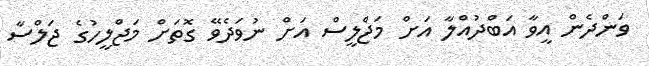
ވަންދެން އީވާ އަބްދުއްލާ އަށް މަޖްލީސް އަށް ނުވަދެވޭ ގޮތަށް މަޖްލީހުގެ ޖަލްސާ